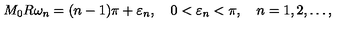
M _ { 0 } R \omega _ { n } = ( n - 1 ) \pi + \varepsilon _ { n } , \quad 0 < \varepsilon _ { n } < \pi , \quad n = 1 , 2 , \dots { , }